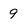
Character: 9